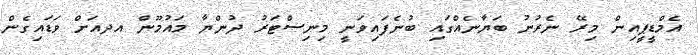
އެމްޑީޕީއިން މިރޭ ނެރުނު ބަޔާނެއްގައި ބުނެފައިވަނީ މިނިސްޓަރު ދުންޔާ މައުމޫޫން އދއަށް ވަޑައިގެން